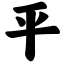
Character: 平